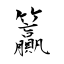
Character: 籯